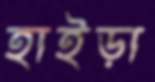
হাইড়া